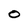
Character: O